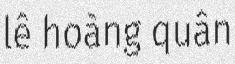
lê hoàng quân